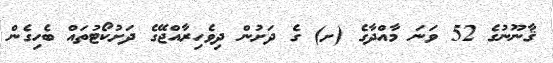
ޤާނޫނުގެ 52 ވަނަ މާއްދާގެ (ށ) ގެ ދަށުން ދިވެހިރާއްޖޭގެ ދަށުކޯޓުތައް ބެހިގެން